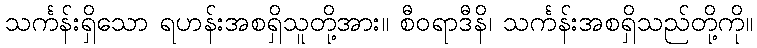
သင်္ကန်းရှိသော ရဟန်းအစရှိသူတို့အား။ စီဝရာဒီနိ၊ သင်္ကန်းအစရှိသည်တို့ကို။